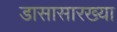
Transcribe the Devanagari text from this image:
डासासारख्या